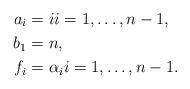
LaTeX: \begin{align*}a_i &= i i = 1, \ldots , n-1,\\ b_1 &= n, \\ f_i &= \alpha_i i = 1, \ldots , n-1.\end{align*}